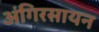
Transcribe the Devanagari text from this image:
अंगिरसायन